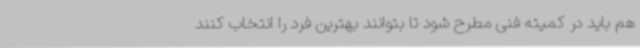
هم باید در کمیته فنی مطرح شود تا بتوانند بهترین فرد را انتخاب کنند